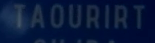
TAOURIRT